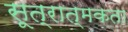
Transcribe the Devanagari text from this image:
सूत्रात्मकता